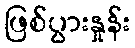
ဖြစ်ပွားနှုန်း